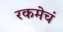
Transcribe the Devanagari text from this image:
रकमेचं